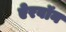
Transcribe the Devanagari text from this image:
ऐरवॉन